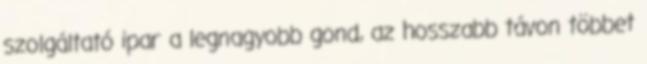
szolgáltató ipar a legnagyobb gond, az hosszabb távon többet